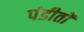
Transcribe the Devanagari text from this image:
पंडीतों